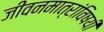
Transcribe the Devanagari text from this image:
जीवनमात्रांविषयी